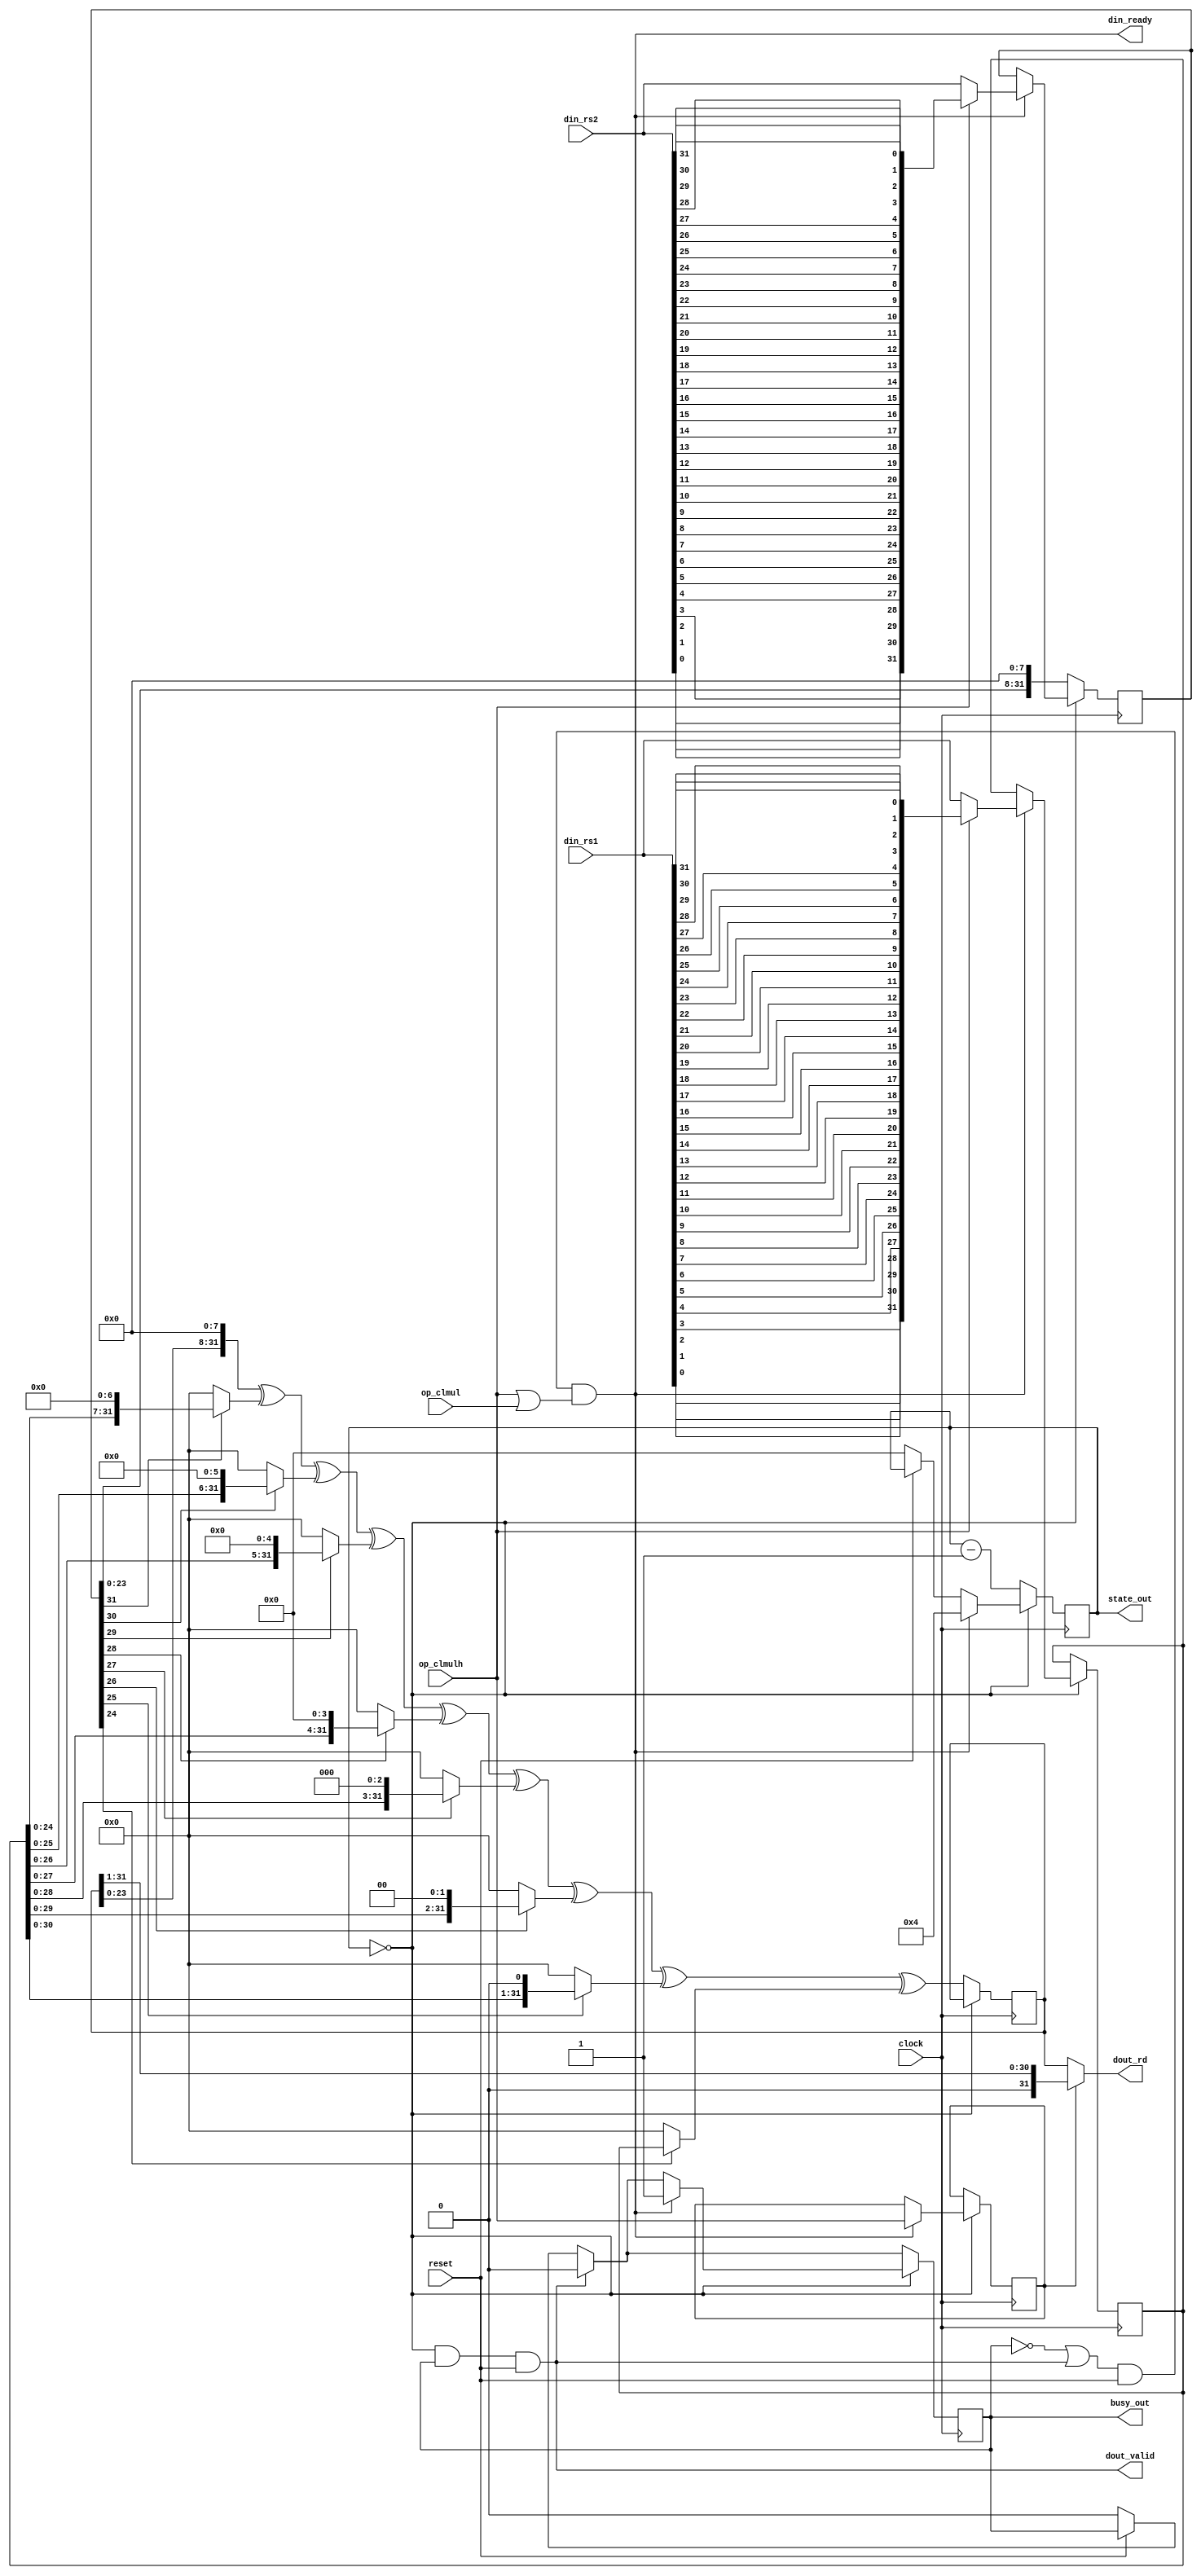
module rvb_clmul (
	// control signals
	input         clock,          // positive edge clock
	input         reset,          // synchronous reset
	
	// data input
	output        din_ready,      // core accepts input
	input  [31:0] din_rs1,        // value of 1st argument
	input  [31:0] din_rs2,        // value of 2nd argument
	input         op_clmul,
	input         op_clmulh,
	
	// data output
	output        dout_valid,     // output is valid
	output [31:0] dout_rd,         // output value
	output 		  busy_out,
	output [3:0]  state_out
);
	// 13 12  3   Function
	// --------   --------
	//  0  1  0   CLMUL
	//  1  0  0   CLMULR
	//  1  1  0   CLMULH


	reg busy;
	assign busy_out = busy;

	reg [3:0] state;
	assign state_out = state;
	
	reg [31:0] A, B, X;
	reg funct_h;

	wire [31:0] next_X = (X << 8) ^
			(B[31] ? A << 7 : 0) ^ (B[30] ? A << 6 : 0) ^
			(B[29] ? A << 5 : 0) ^ (B[28] ? A << 4 : 0) ^
			(B[27] ? A << 3 : 0) ^ (B[26] ? A << 2 : 0) ^
			(B[25] ? A << 1 : 0) ^ (B[24] ? A << 0 : 0);

	function [31:0] bitrev;
		input [31:0] in;
		integer i;
		begin
			for (i = 0; i < 32; i = i+1)
				bitrev[i] = in[31-i];
		end
	endfunction

	assign din_ready = (!busy || dout_valid) && reset && (op_clmulh || op_clmul);
	assign dout_valid = !state && busy && reset;

	reg [31:0] dout_rd_reg;
	assign dout_rd = dout_rd_reg;
	
	always @* begin
		dout_rd_reg = X;
		if (funct_h) begin
			dout_rd_reg = dout_rd_reg >> 1;
		end
	end

	always @(posedge clock) begin
		if (!reset) begin
			busy <= 0;
			state <= 0;
		end
		if (dout_valid) begin
			busy <= 0;
		end
		if (!state) begin
			if (din_ready) begin
				funct_h <= op_clmulh;
				A <= op_clmulh ? bitrev(din_rs1) : din_rs1;
				B <= op_clmulh ? bitrev(din_rs2) : din_rs2;
				busy <= 1;
				state <= 4;
			end
		end else begin
			X <= next_X;
			B <= B << 8;
			state <= state - 1;
		end
	end
endmodule